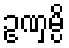
ဥဏှမ္ပိ